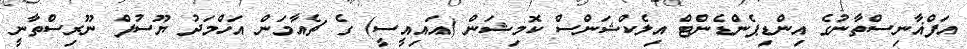
އަފްޣާނިސްތާނުގެ އިންޑިޕެންޑެންޓް އިލެކްޝަންސް ކޮމިޝަން (އައިއީސީ) ގެ ޗެއާމަން އަހްމަދު ޔޫސުފް ނޫރިސްތާނީ